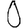
Digit: 0